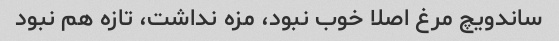
ساندویچ مرغ اصلا خوب نبود، مزه نداشت، تازه هم نبود